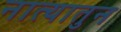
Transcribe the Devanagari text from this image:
नात्यातुन